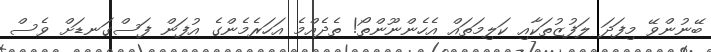
ބޭނުންވޭ މިފަދަ ލަފުޒުތަކާއި ކަލިމަތައް އެހެންނޫންތޯ! ތެދެއްމެ އަހަރެމެންގެ އުފަން ފަސްގަނޑަށް ވެސް